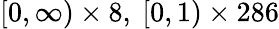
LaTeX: [0,\infty)\times 8,\ [0,1)\times 286